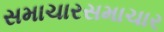
સમાચારસમાચાર